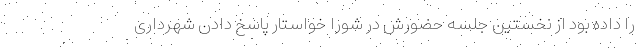
را داده بود از نخستین جلسه حضورش در شورا خواستار پاسخ دادن شهرداری